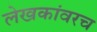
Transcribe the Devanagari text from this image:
लेखकांवरच